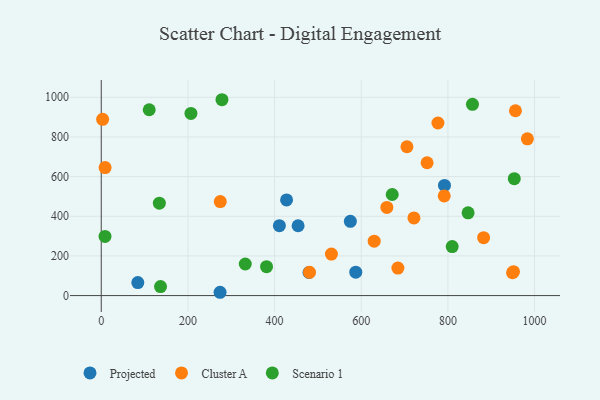
{"axis": {"x": "Ad Spend", "y": "Profit"}, "legend": ["Cluster A", "Projected", "Scenario 1"], "data": [{"x": "587.4", "y": 117.9, "type": "Projected"}, {"x": "84.4", "y": 65.6, "type": "Projected"}, {"x": "479.4", "y": 116.3, "type": "Projected"}, {"x": "792.1", "y": 555.4, "type": "Projected"}, {"x": "411.1", "y": 352.6, "type": "Projected"}, {"x": "274.2", "y": 16.7, "type": "Projected"}, {"x": "574.9", "y": 374.7, "type": "Projected"}, {"x": "454.3", "y": 352.3, "type": "Projected"}, {"x": "427.7", "y": 482.2, "type": "Projected"}, {"x": "955.9", "y": 932.0, "type": "Cluster A"}, {"x": "752.0", "y": 670.0, "type": "Cluster A"}, {"x": "3.2", "y": 889.1, "type": "Cluster A"}, {"x": "882.4", "y": 292.2, "type": "Cluster A"}, {"x": "949.1", "y": 115.1, "type": "Cluster A"}, {"x": "951.4", "y": 120.8, "type": "Cluster A"}, {"x": "480.6", "y": 117.3, "type": "Cluster A"}, {"x": "684.6", "y": 138.8, "type": "Cluster A"}, {"x": "705.5", "y": 750.6, "type": "Cluster A"}, {"x": "274.7", "y": 474.3, "type": "Cluster A"}, {"x": "721.6", "y": 391.8, "type": "Cluster A"}, {"x": "659.1", "y": 444.4, "type": "Cluster A"}, {"x": "777.0", "y": 870.3, "type": "Cluster A"}, {"x": "983.4", "y": 790.5, "type": "Cluster A"}, {"x": "531.2", "y": 209.5, "type": "Cluster A"}, {"x": "629.9", "y": 274.2, "type": "Cluster A"}, {"x": "8.9", "y": 645.5, "type": "Cluster A"}, {"x": "791.5", "y": 502.8, "type": "Cluster A"}, {"x": "8.7", "y": 298.2, "type": "Scenario 1"}, {"x": "332.4", "y": 159.3, "type": "Scenario 1"}, {"x": "809.9", "y": 247.1, "type": "Scenario 1"}, {"x": "953.2", "y": 589.8, "type": "Scenario 1"}, {"x": "671.5", "y": 509.8, "type": "Scenario 1"}, {"x": "381.5", "y": 145.7, "type": "Scenario 1"}, {"x": "134.1", "y": 465.9, "type": "Scenario 1"}, {"x": "110.7", "y": 937.1, "type": "Scenario 1"}, {"x": "846.6", "y": 417.5, "type": "Scenario 1"}, {"x": "856.7", "y": 964.3, "type": "Scenario 1"}, {"x": "207.0", "y": 918.6, "type": "Scenario 1"}, {"x": "278.6", "y": 987.7, "type": "Scenario 1"}, {"x": "136.8", "y": 45.4, "type": "Scenario 1"}]}